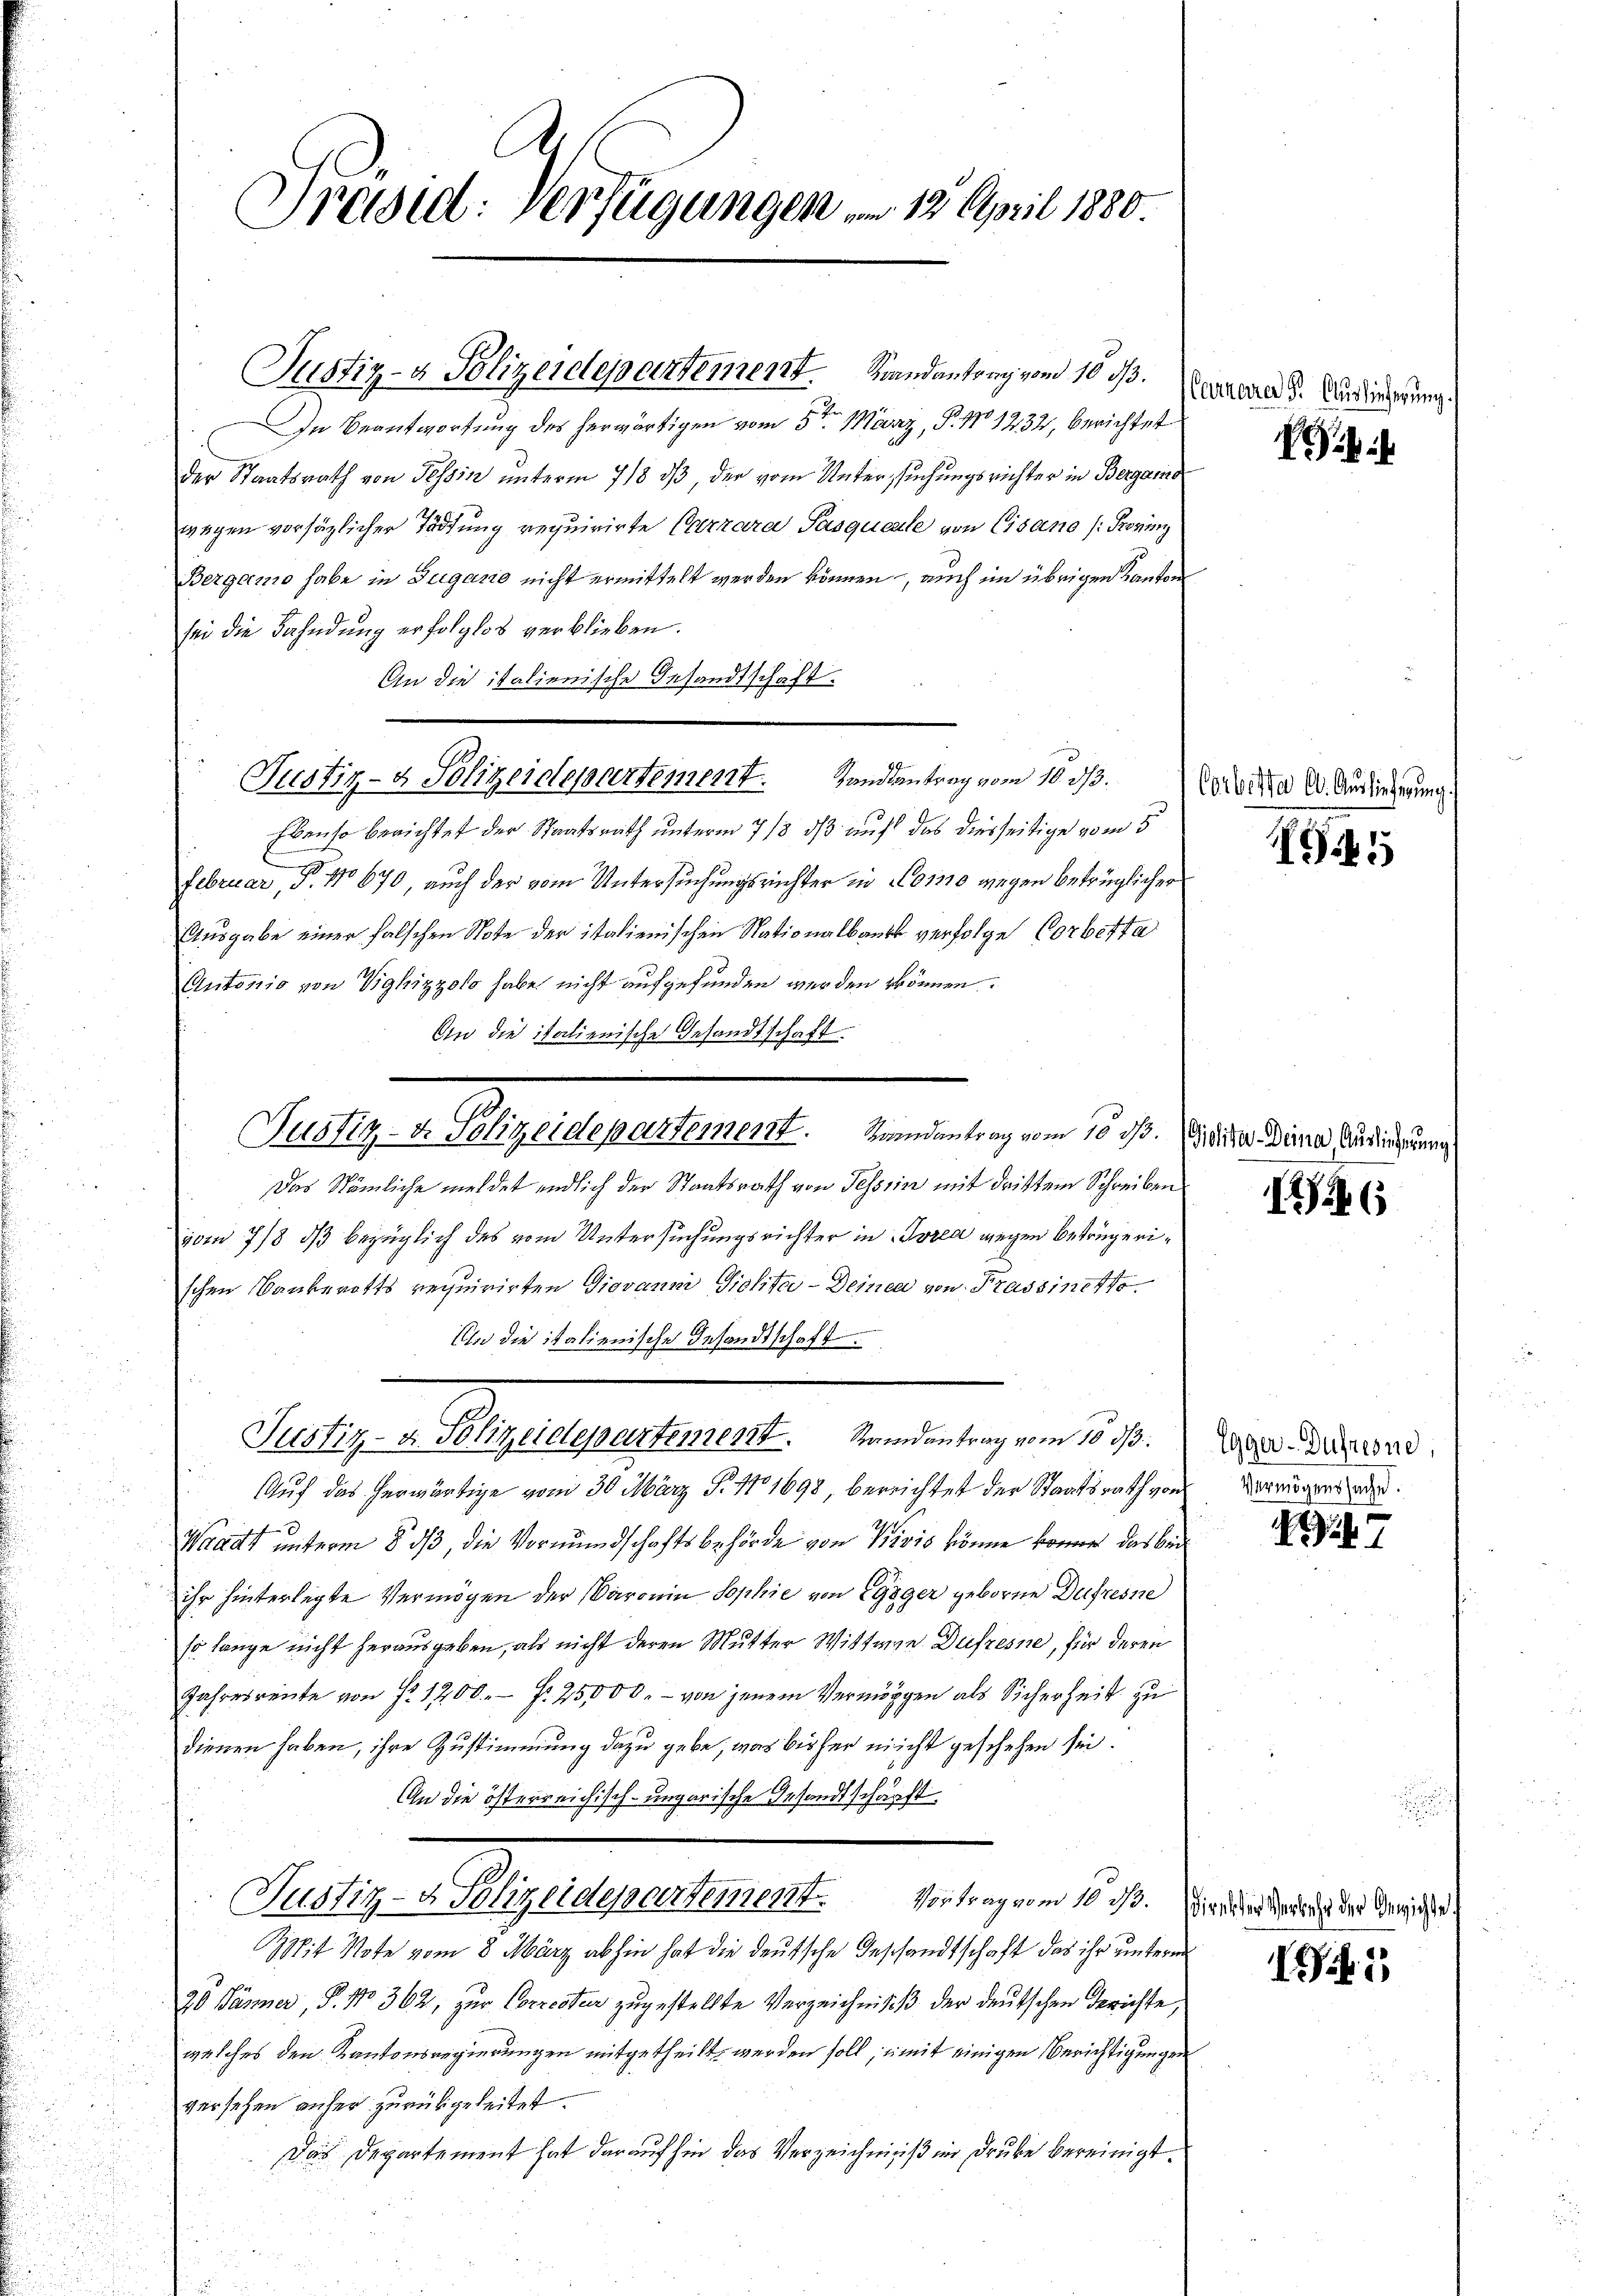
In Beantwortung des herwärtigen vom 5ten März, P. No 1232, berichtet
der Staatsrath von Tessin unterm 7/8 dß der vom Untersuchungsrichter in Bergamo
wegen vorsätzlicher Tödtung requirirte Carrara Pasquelle von Cisano (Provinz
Bergamo habe in Zugano nicht ermittelt werden können, auch im übrigen Kanton
sei die Fahndung erfolglos verblieben.
An die italienische Gesandtschaft.
Ebenso berichtet der Staatsrath unterm 7/8 dß auf das diesseitige vom 5
.
Februar, P. No 670, auch der vom Untersuchungsrichter in Corne wegen betrüglicher
Ausgabe einer falschen Note der italienischen Nationalbank verfolge Corbetta
Autorio von Vigkizzolo habe nicht aufgefunden werden können.
An die italienische Gesandtschaft
Das Nämliche meldet endlich der Staatsrath von Tessin mit drittem Schreiben
vom 7/8 ds bezüglich des vom Untersuchungsrichter in Torea wegen betrügerischen Bankerotts requirirten Giovan Gichta - Deinen von Prassinetto.
Ihn die italienische Gesandtschaft
Justiz- & Polizeidepartement. Randantrag vom 10. dβ.
Auf das herwärtige vom 30. März S. 110 1698 bereichtet der Staatsrath von

Waadt unterm 8. dβ, die Vormundschaftsbehörde von Divis könne könne das bede
ihr hinterlegte Vermögen der Baronin Sophie von Egger geborne Dufresne
so lange nicht herausgeben, als nicht deren Mutter Wittwe Dufzesne, für deren
Jahresreute von § 1200.- Fr. 25000. - von jenem Vermöppen als Sicherheit zu
dienen haben, ihre Zustimmung dazu gebe, was bisher nicht geschehen sei.
An die österreichisch-ungarische Gesandtschärft
Justiz- & Polizeidepartement. Vortrag vom 10. ds. Wird der Meinung des Gerichte
it Note vom 8. März abhin hat die deutsche Geschandtschaft das ihr unterm
20 Jänner, P. No 362, zur Correster zugestellte Verzeichnis der deutschen Berichte,
welches den Kantonsregierungen mitgetheilt werden soll, mit einigen Berichtigungen
versehen anfer zurückgeleitet.
Das Departement hat darauf hin das Verzeichniß im Druke bereinigt.

Präsid. Verfügungen in 12. April 1880.

Justiz- & Polizeidepartement. Randantrag vom 10. d.

Justiz- & Polizeidepartement. Handentrag vom 10. ds.

Justiz- & Polizeidepartement. Landantrag vom 10. ds. die Deine Zuziehunge

Carrarer Gr. Auslieferung.

i i

Corbitter 6. Auslieferung.

1945

I

Egger-Dufreone,
Vermögenssache.

2947

11